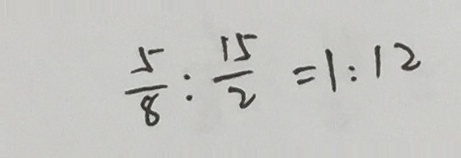
\frac { 5 } { 8 } : \frac { 1 5 } { 2 } = 1 : 1 2